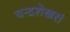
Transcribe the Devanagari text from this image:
चन्द्रशेखरां